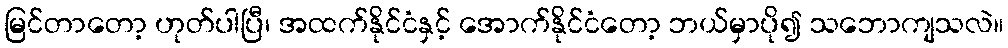
မြင်တာတော့ ဟုတ်ပါပြီ၊ အထက်နိုင်ငံနှင့် အောက်နိုင်ငံတော့ ဘယ်မှာပို၍ သဘောကျသလဲ။